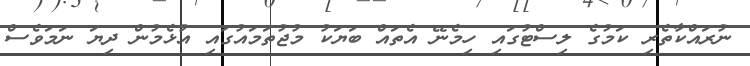
ނުރައްކާތެރި ކަމުގެ ލިސްޓުގައި ހިމެނޭ އެތައް ބަޔަކު މުޖުތަމައުގައި އުޅެމުން ދިޔަ ނަމަވެސް